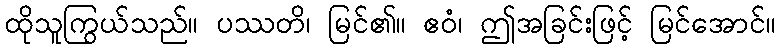
ထိုသူကြွယ်သည်။ ပဿတိ၊ မြင်၏။ ဧဝံ၊ ဤအခြင်းဖြင့် မြင်အောင်။